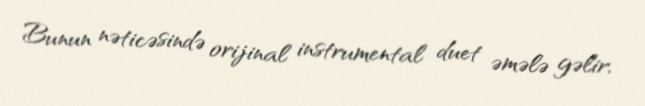
Bunun nəticəsində orijinal instrumental duet əmələ gəlir.